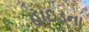
હાઇડના